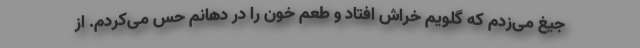
جیغ می‌زدم که گلویم خراش افتاد و طعم خون را در دهانم حس می‌کردم. از